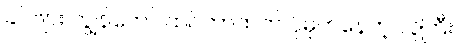
ခင်ဗျား ကျွန်တော် ထင်တာထက် ပိုမိုက်နေတဲ့ လူကြီးပဲ